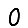
Digit: 0